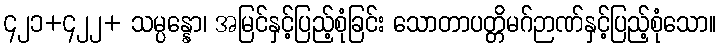
၄၂၁+၄၂၂+ သမ္ပန္နော၊ အမြင်နှင့်ပြည့်စုံခြင်း သောတာပတ္တိမဂ်ဉာဏ်နှင့်ပြည့်စုံသော။